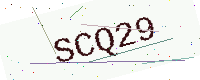
Text: SCQ29